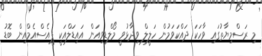
މި ރަސްމިޔާތުގައި ވާހަކަ ދައްކަވަމުން ހަލީލް ވިދާޅުވީ މޯލްޑިވިއަން އައިޑަލްއަކީ ޕީއެސްއެމްއިން ބޮޑު